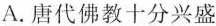
A.唐代佛教十分兴盛